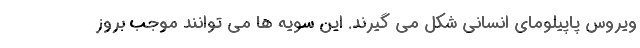
ویروس پاپیلومای انسانی شکل می گیرند. این سویه ها می توانند موجب بروز